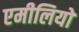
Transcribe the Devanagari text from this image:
एमीलियो